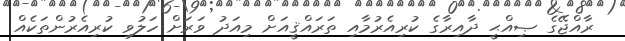
ރާއްޖޭގެ ޞިއްޙީ ދާއިރާގެ ކުރިއެރުމާއި ތަރައްޤީއަށް މިއަދު ވަރަށް ހަލުވި ކުރިއެރުންތަކެއް